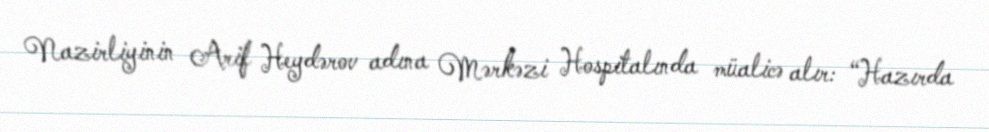
Nazirliyinin Arif Heydərov adına Mərkəzi Hospitalında müalicə alır: “Hazırda